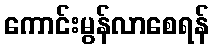
ကောင်းမွန်လာစေရန်